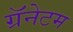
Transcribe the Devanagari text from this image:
ग्रॅनेटम